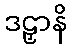
ဒဠှာနိ